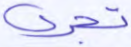
تجري